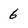
Character: 6